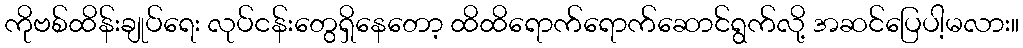
ကိုဗစ်ထိန်းချုပ်ရေး လုပ်ငန်းတွေရှိနေတော့ ထိထိရောက်ရောက်ဆောင်ရွက်လို့ အဆင်ပြေပါ့မလား။